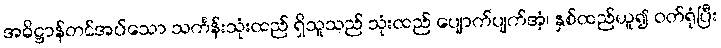
အဓိဋ္ဌာန်တင်အပ်သော သင်္ကန်းသုံးထည် ရှိသူသည် သုံးထည် ပျောက်ပျက်အံ့၊ နှစ်ထည်ယူ၍ ဝတ်ရုံပြီး